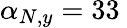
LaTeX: \alpha_{N,y}=33\